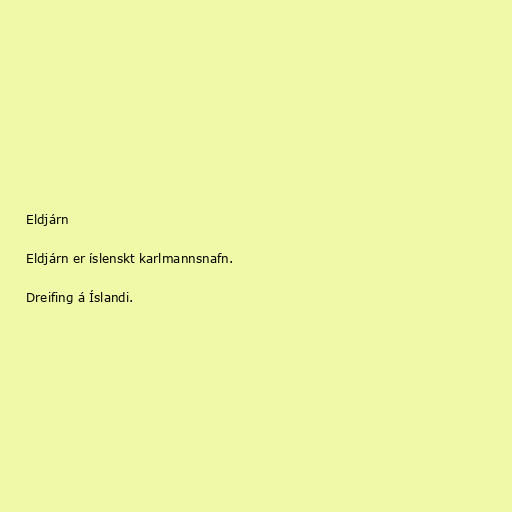
Eldjárn

Eldjárn er íslenskt karlmannsnafn.

Dreifing á Íslandi.